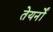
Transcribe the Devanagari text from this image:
तेयर्नों